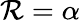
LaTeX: \mathcal{R}=\alpha